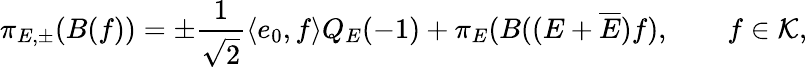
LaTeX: \pi_{E,\pm}(B(f))=\pm\frac{1}{\sqrt{2}}\langle e_{0},f\rangle Q_{E}(-1)+\pi_{E}(B((E+\overline{{{E}}})f),\qquad f\in{\cal K},